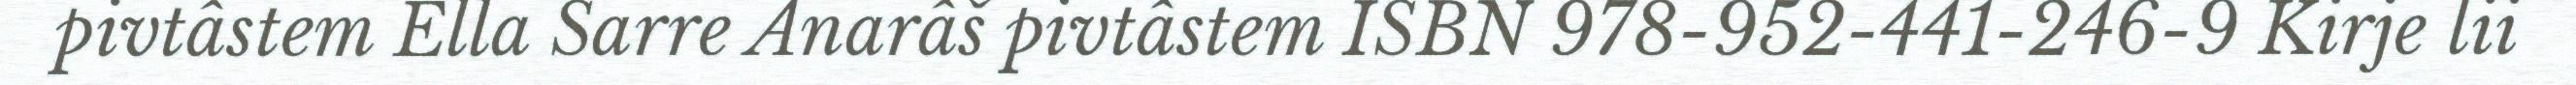
pivtâstem Ella Sarre Anarâš pivtâstem ISBN 978-952-441-246-9 Kirje lii